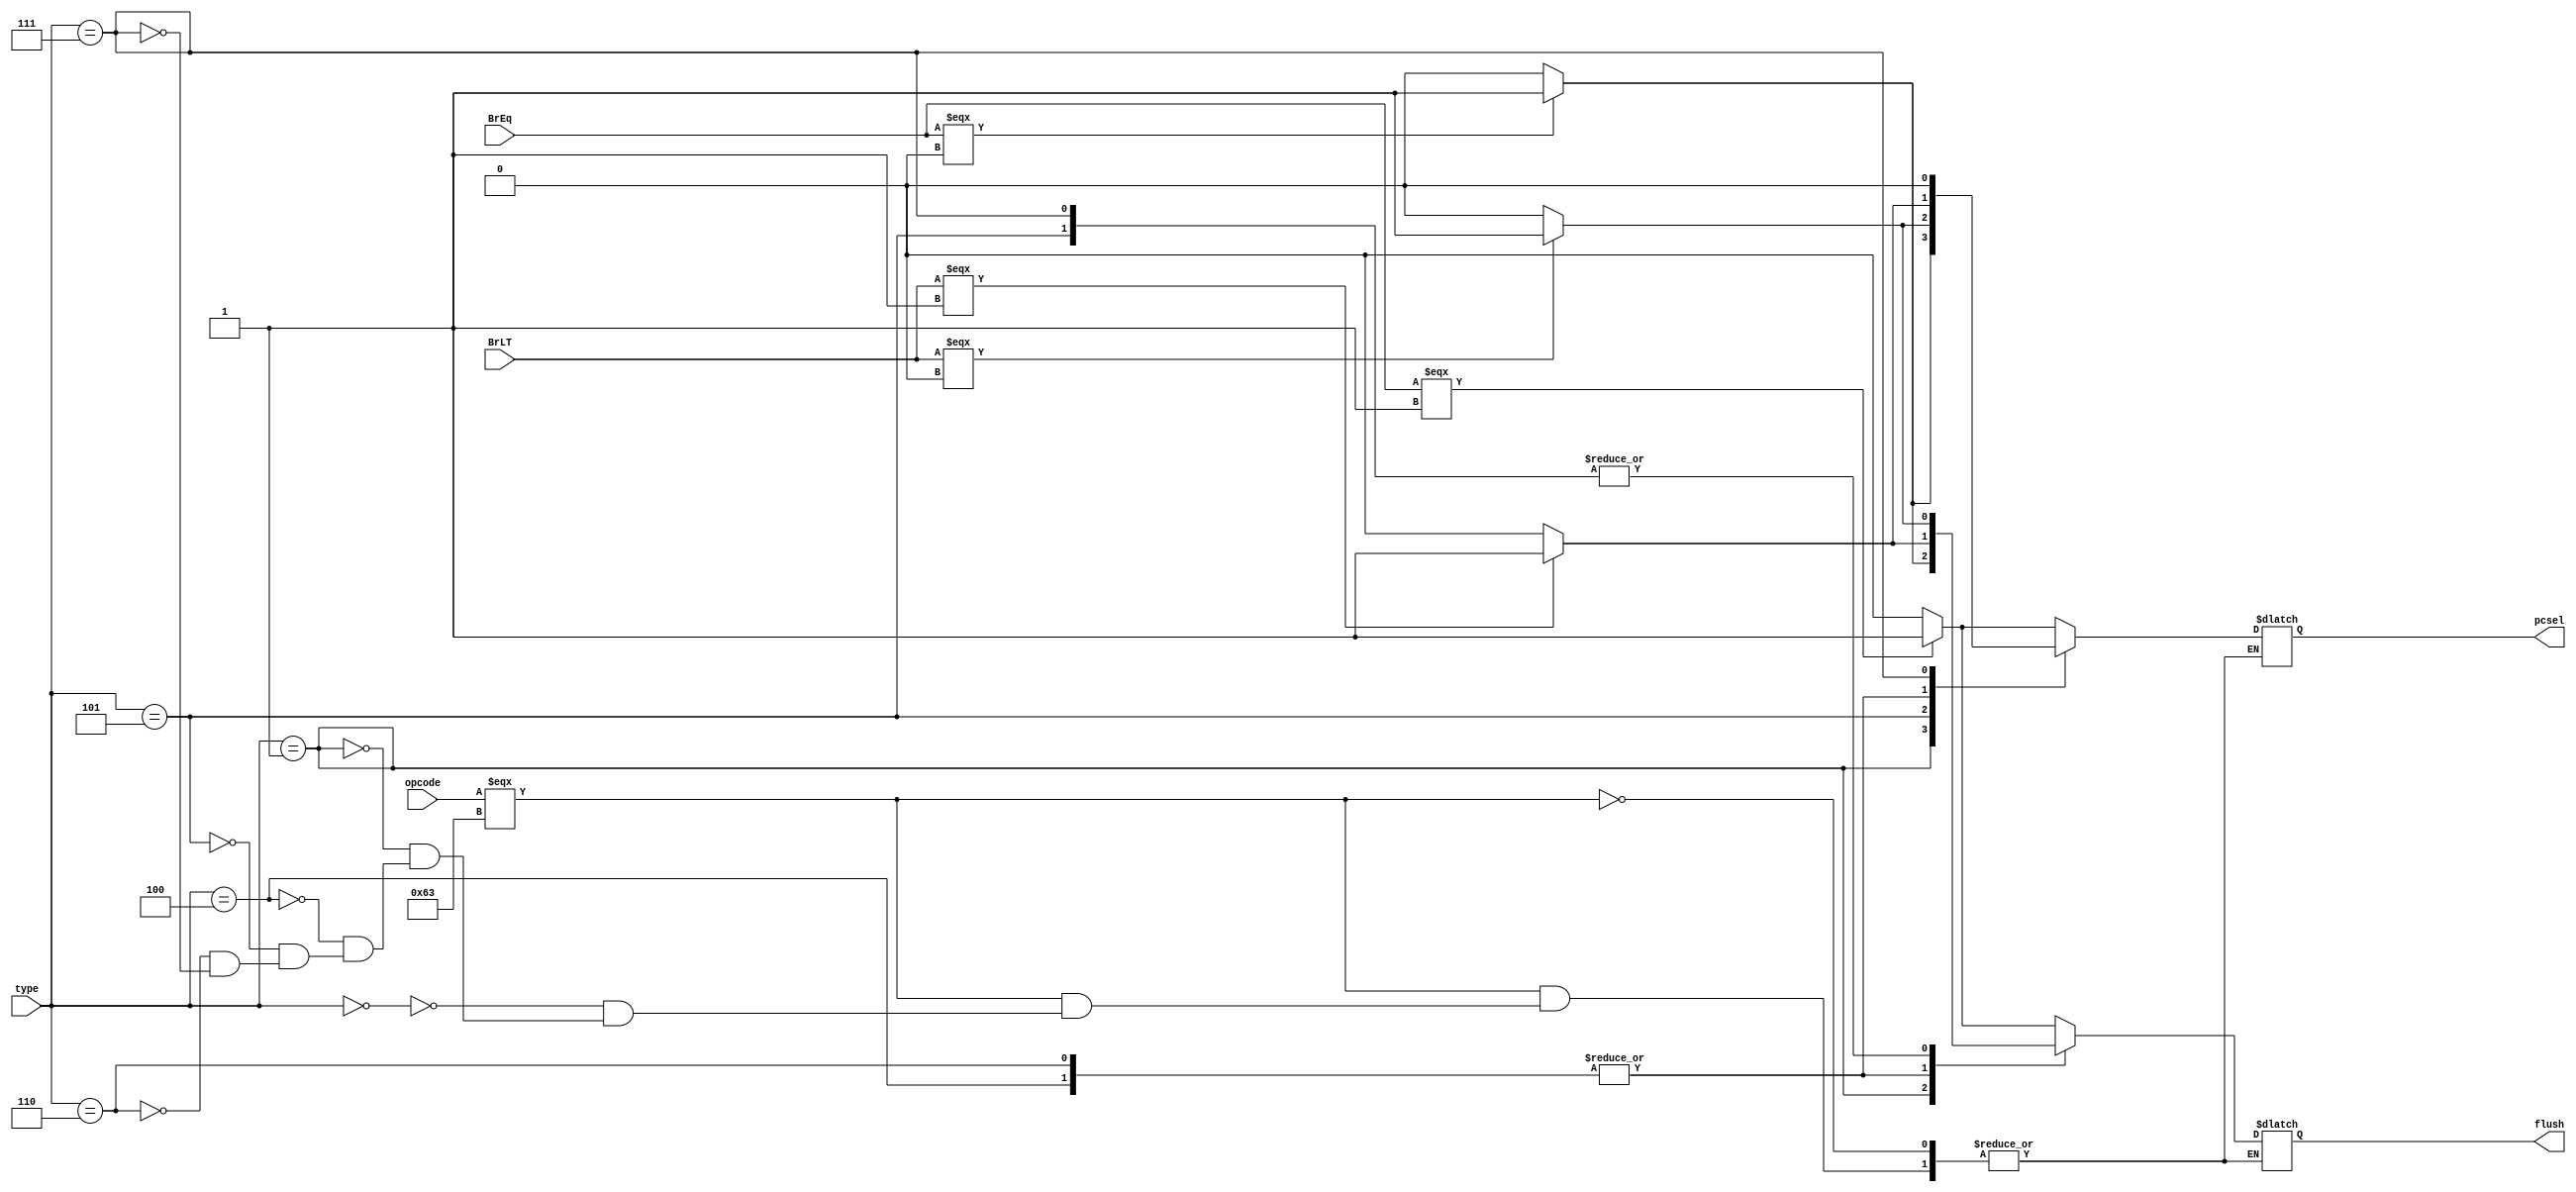
`define	BEQ 	3'b000
`define	BNE	3'b001
`define BLT	3'b100
`define BGE	3'b101
`define BLTU	3'b110
`define BGEU	3'b111
`define ALU	1'b1
`define PC	1'b0
module prediction (opcode, type, BrEq, BrLT, flush, pcsel);
	input [6:0] opcode;
	input [2:0] type;
	input BrEq, BrLT;
	output reg flush, pcsel;
	always @(*)
	begin
		if (opcode === 7'b1100011)
		begin
			case(type)
			`BEQ:
			begin
				if (BrEq === 1'b1)
				begin
					flush = 1'b1;
					pcsel = `ALU;
				end
				else
				begin 
					flush = 1'b0;
					pcsel = `PC;
				end 
			end

			`BNE:
			begin
				if (BrEq === 1'b0)
				begin
					flush = 1'b1;
					pcsel = `ALU;
				end
				else 
				begin
					flush = 1'b0;
					pcsel = `PC;
				end
			end

			`BLT:
			begin
				if (BrLT === 1'b1)
				begin
					flush = 1'b1;
					pcsel = `ALU;
				end
				else
				begin
					flush = 1'b0;
					pcsel = `PC;
				end
			end

			`BGE:
			begin
				if (BrLT === 1'b0)
				begin
					flush = 1'b1;
					pcsel = `ALU;
				end
				else
				begin
					flush = 1'b0;
					pcsel = `PC;
				end
			end

			`BLTU:
			begin
				if (BrLT === 1'b1)
				begin
					flush = 1'b1;
					pcsel = `ALU;
				end
				else
				begin
					flush = 1'b0;
					pcsel = `PC;
				end
			end
			
			`BGEU:
			begin
				if (BrLT === 1'b0)
				begin
					flush = 1'b1;
					pcsel = `PC;
				end
				else
				begin
					flush = 1'b0;
					pcsel = `PC;
				end
			end
			endcase
		end
	end
endmodule